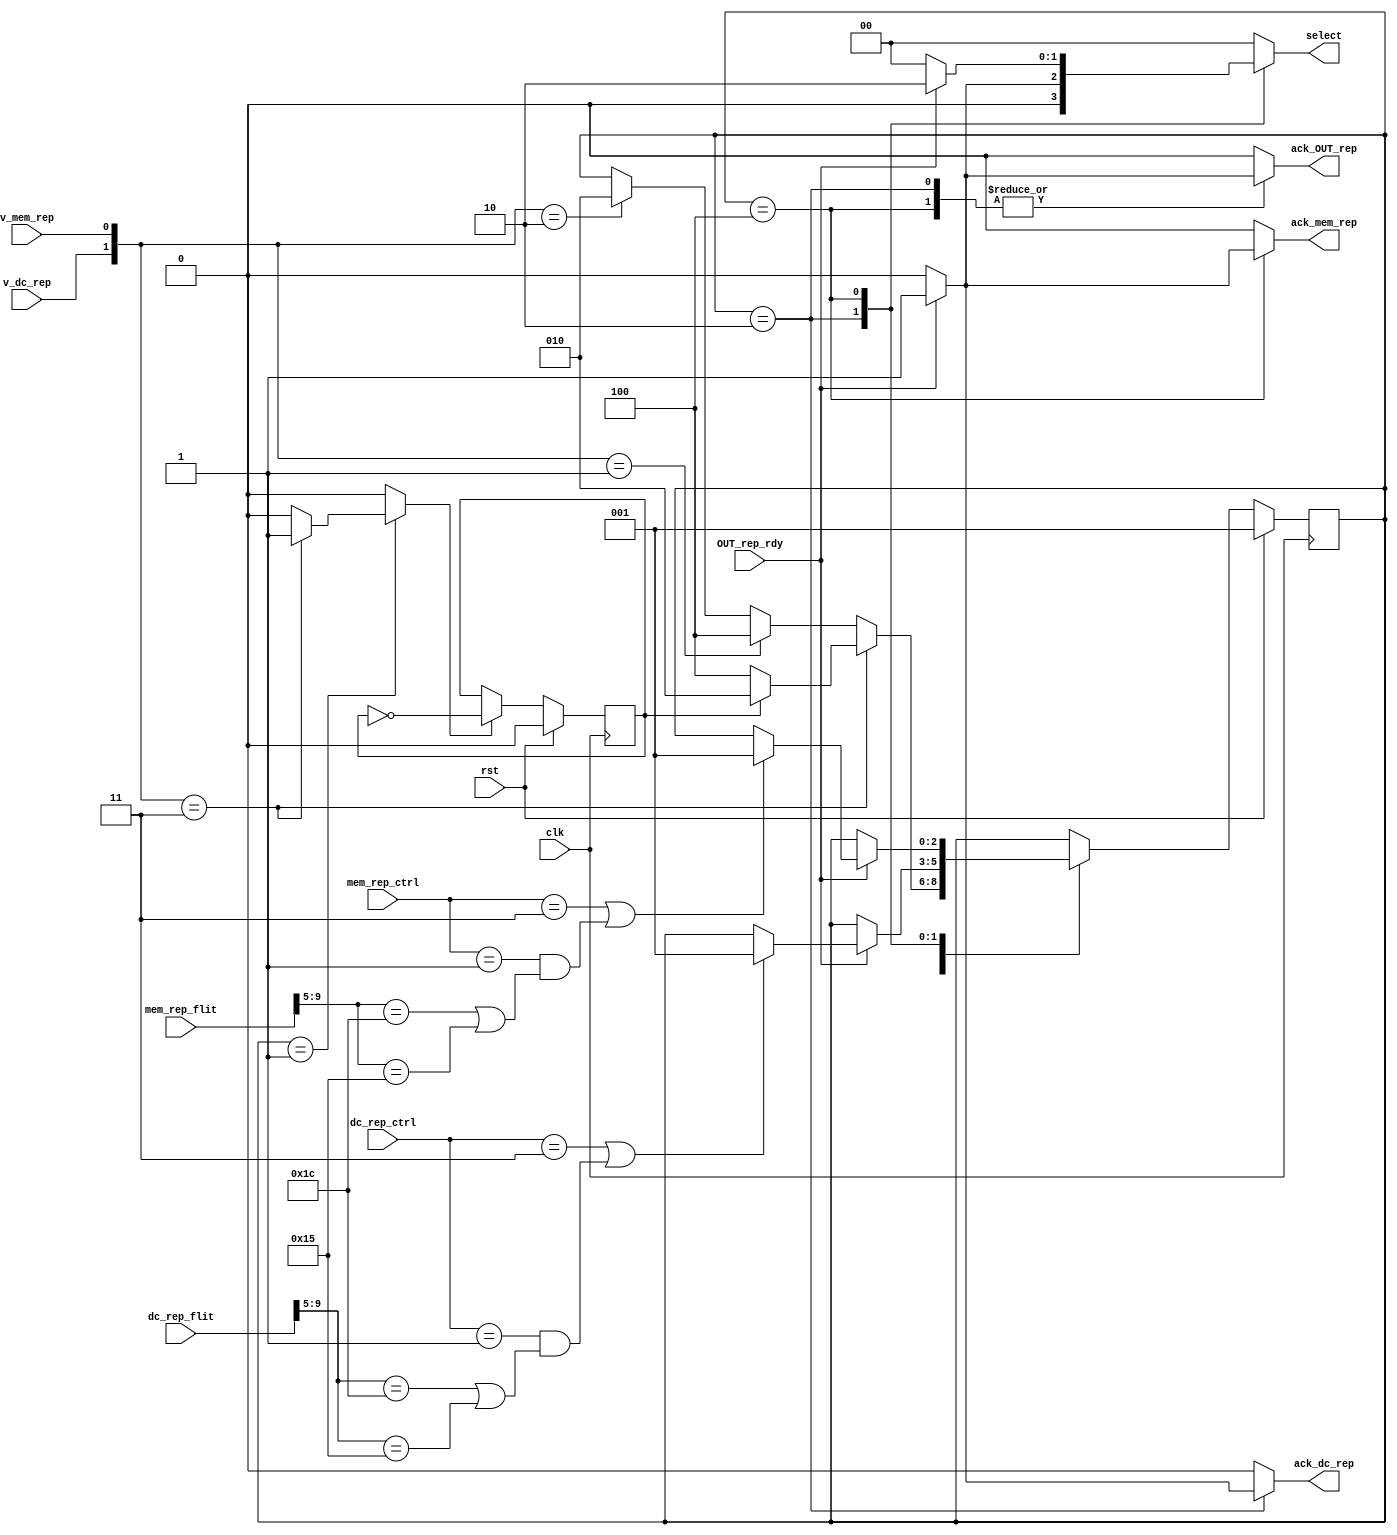
module    arbiter_for_OUT_rep(
                               clk,
                               rst,
                               OUT_rep_rdy,
                               v_dc_rep,
                               v_mem_rep,
                               dc_rep_flit,
                               mem_rep_flit,
                               dc_rep_ctrl,
                               mem_rep_ctrl,
                               ack_OUT_rep,
                               ack_dc_rep,
                               ack_mem_rep,
                               select  
                               );
input                               clk;
input                               rst;
input                               OUT_rep_rdy;
input                               v_dc_rep;
input                               v_mem_rep;
input     [15:0]                    dc_rep_flit;
input     [15:0]                    mem_rep_flit;
input     [1:0]                     dc_rep_ctrl;
input     [1:0]                     mem_rep_ctrl;
output                               ack_OUT_rep;
output                               ack_dc_rep;
output                               ack_mem_rep;
output    [1:0]                      select; 
parameter               arbiter_idle=3'b001;
parameter               dc_uploading=3'b010;
parameter               mem_uploading=3'b100;
parameter        nackrep_cmd=5'b10101;
parameter        SCflurep_cmd=5'b11100;
reg  [2:0]  nstate;
reg  [2:0]  state;
reg         priority1;
reg         ack_OUT_rep;
reg         ack_dc_rep;
reg         ack_mem_rep;
reg         update_priority;
reg [1:0]   select;
always@(*)
begin
  nstate=state;
  ack_OUT_rep=1'b0;
  ack_dc_rep=1'b0;
  ack_mem_rep=1'b0;
  update_priority=1'b0;
  select=2'b00;
  case(state)
    arbiter_idle:
      begin
        if({v_dc_rep,v_mem_rep}==2'b11)
          begin
            update_priority=1'b1;
            if(priority1)
              begin
                nstate=dc_uploading;
              end
          else
              begin
                nstate=mem_uploading;
              end
          end
      else if({v_dc_rep,v_mem_rep}==2'b01)
          begin
            nstate=mem_uploading;
          end
      else if({v_dc_rep,v_mem_rep}==2'b10)
          begin
            nstate=dc_uploading;
          end
      end
    dc_uploading:
      begin
        if(OUT_rep_rdy)
          begin
            ack_OUT_rep=1'b1;
            ack_dc_rep=1'b1;
				select=2'b01;
            if(dc_rep_ctrl==2'b11||dc_rep_ctrl==2'b01&&(dc_rep_flit[9:5]==SCflurep_cmd||dc_rep_flit[9:5]==nackrep_cmd))
              begin
                nstate=arbiter_idle;
              end
          end
      end
    mem_uploading:
      begin
        if(OUT_rep_rdy)
          begin
            ack_OUT_rep=1'b1;
            ack_mem_rep=1'b1;
				select=2'b10;
            if(mem_rep_ctrl==2'b11||mem_rep_ctrl==2'b01&&(mem_rep_flit[9:5]==SCflurep_cmd||mem_rep_flit[9:5]==nackrep_cmd))
              begin
                nstate=arbiter_idle;
              end
          end
      end
  endcase
end
always@(posedge clk)
begin
  if(rst)
    state<=3'b001;
  else
    state<=nstate;
end
always@(posedge clk)
begin
  if(rst)
    priority1<=1'b0;
  else if(update_priority)
    priority1<=~priority1;
end
endmodule